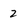
Character: 2